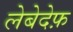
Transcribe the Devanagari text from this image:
लेबेदेफ़